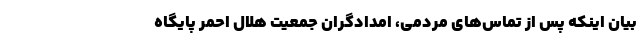
بیان اینکه پس از تماس‌های مردمی، امدادگران جمعیت هلال احمر پایگاه